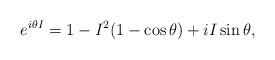
LaTeX: \begin{align*}e^{i \theta I} = 1 - I^2 (1-\cos \theta) + i I \sin \theta,\end{align*}